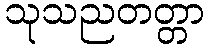
သုသညတတ္တာ